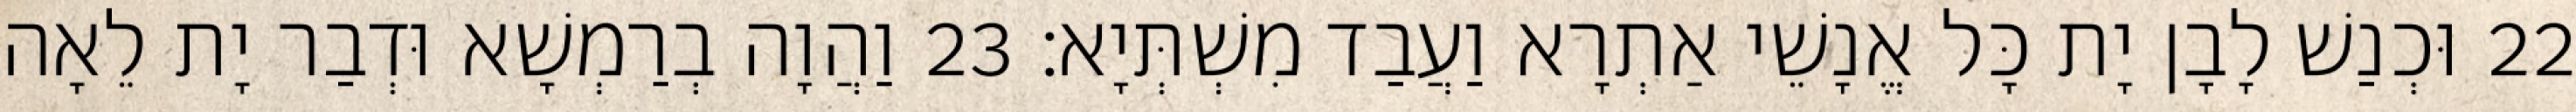
22 וּכְנַשׁ לָבָן יָת כָּל אֱנָשֵׁי אַתְרָא וַעֲבַד מִשְׁתְּיָא׃ 23 וַהֲוָה בְרַמְשָׁא וּדְבַר יָת לֵאָה